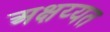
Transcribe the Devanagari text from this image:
अक्षय्यत